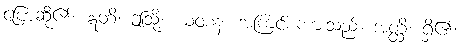
ပြောဆို၏။ ဣတိ၊ ဤသို့။ ယံဝစနံ၊ အကြင်စကားသည်။ အတ္ထိ၊ ရှိ၏။